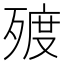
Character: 𣨲